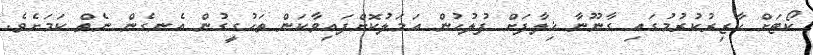
ކޯޓަށް ހާޒިރުކުރުމުގައި ގާނޫނާ ޚިލާފަށް ފުލުހުން އަމަލުކޮށްފައިވާކަން ތަހުގީގުން އެނގެން ނެތް ކަމަށެވެ.